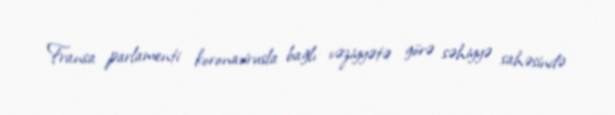
Fransa parlamenti koronavirusla bağlı vəziyyətə görə səhiyyə sahəsində